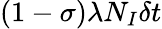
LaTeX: (1-\sigma)\lambda N_{I}\delta t